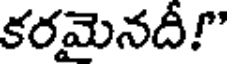
కరమైనదీ!"